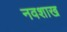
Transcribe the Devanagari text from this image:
नवशाख